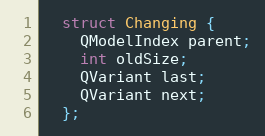
Language: C
  struct Changing {
    QModelIndex parent;
    int oldSize;
    QVariant last;
    QVariant next;
  };